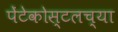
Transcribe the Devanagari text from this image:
पेंटेकोस्टलच्या